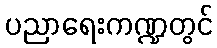
ပညာရေးကဏ္ဍတွင်